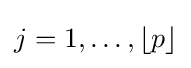
j=1,\ldots ,\lfloor p\rfloor